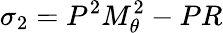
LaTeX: \sigma_{2}=P^{2}M_{\theta}^{2}-PR